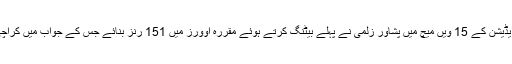
راولپنڈی اسٹیڈیم میں کھیلے گئے پاکستان سپر لیگ کے چوتھے ایڈیشن کے 15 ویں میچ میں پشاور زلمی نے پہلے بیٹنگ کرتے ہوئے مقررہ اوورز میں 151 رنز بنائے جس کے جواب میں کراچی کی جانب سے بابراعظم اور شرجیل خان نے اننگز کا آغاز کیا۔